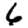
Digit: 6